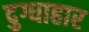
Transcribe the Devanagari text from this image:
दुग्धाहार